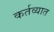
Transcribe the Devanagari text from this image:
कर्तव्यात